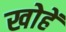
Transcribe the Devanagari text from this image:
खोहें